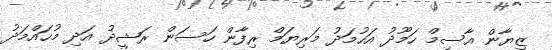
ޒިޔާން އާސިމް ހަމޫދު އަހުމަދު މަރިޔަމް ރިފާން ހަސަން ރަޝީދު އަދި މުހައްމަދު